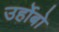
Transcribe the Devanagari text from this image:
उर्होबो